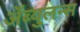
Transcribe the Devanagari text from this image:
अँब्युलन्स